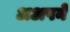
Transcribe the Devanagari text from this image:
अअपने